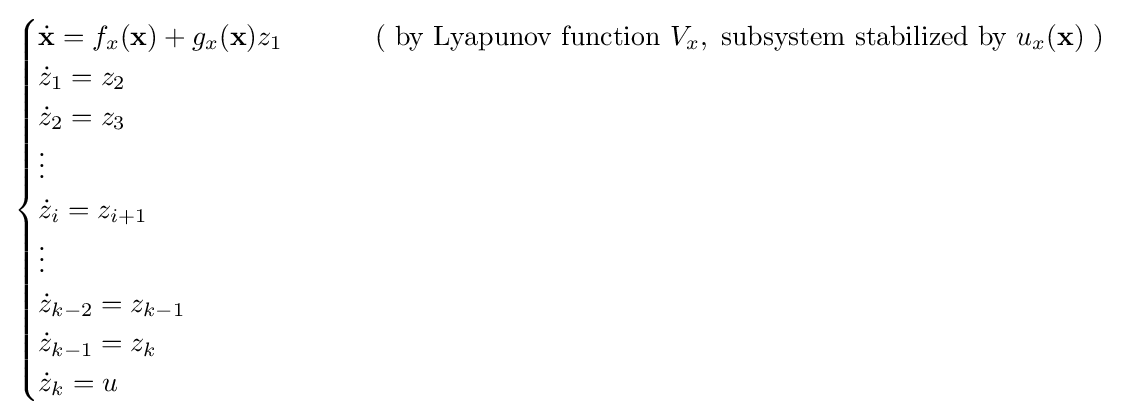
{\begin{cases}{\dot {\mathbf {x} }}=f_{x}(\mathbf {x} )+g_{x}(\mathbf {x} )z_{1}&\qquad {\text{ ( by Lyapunov function }}V_{x},{\text{ subsystem stabilized by }}u_{x}({\textbf {x}}){\text{ )}}\\{\dot {z}}_{1}=z_{2}\\{\dot {z}}_{2}=z_{3}\\\vdots \\{\dot {z}}_{i}=z_{i+1}\\\vdots \\{\dot {z}}_{k-2}=z_{k-1}\\{\dot {z}}_{k-1}=z_{k}\\{\dot {z}}_{k}=u\end{cases}}